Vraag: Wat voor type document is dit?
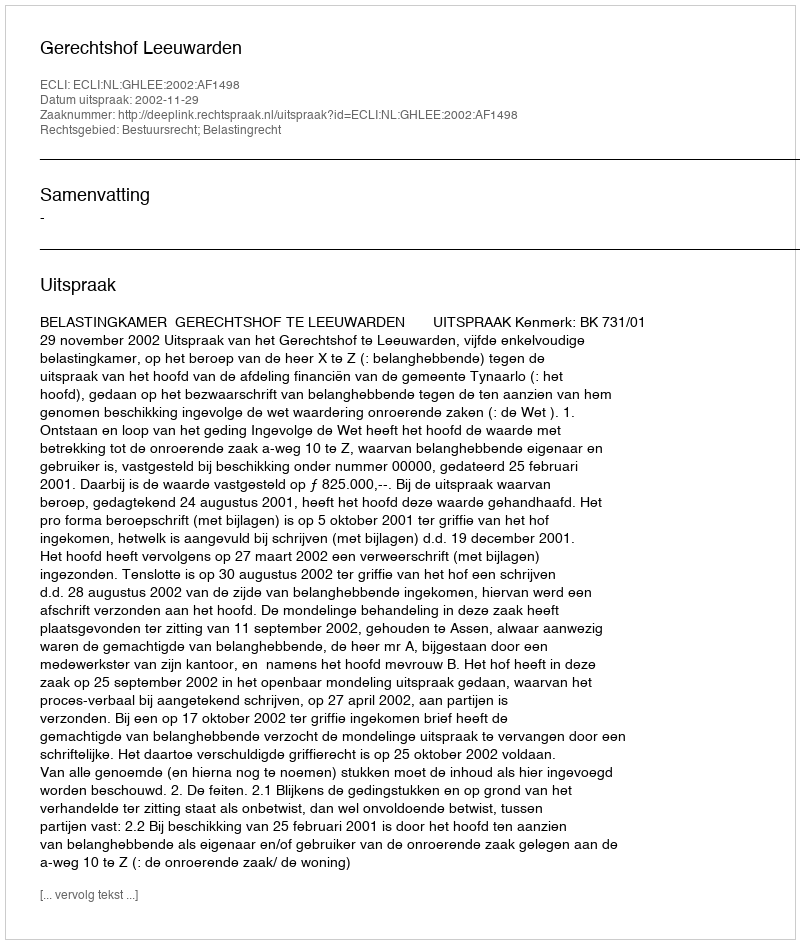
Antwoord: Uitspraak